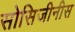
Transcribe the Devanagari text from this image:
सोसिजीनीस